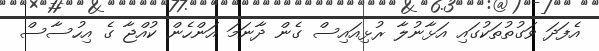
އެފަދަ ވަގުތުތަކުގައި އަޅާނުލާ ރުޅިއައިސް ގެން ދާނަމަ އަންހެން ކުއްޖާ ގެ އިހުސާސް